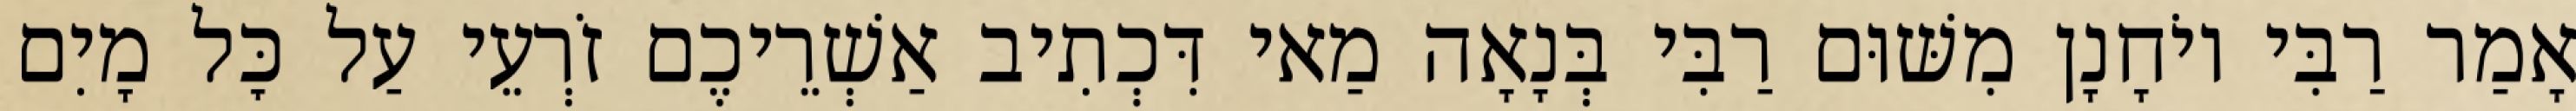
אָמַר רַבִּי יוֹחָנָן מִשּׁוּם רַבִּי בְּנָאָה מַאי דִּכְתִיב אַשְׁרֵיכֶם זֹרְעֵי עַל כׇּל מָיִם